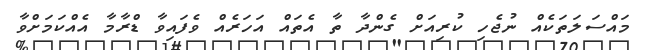
މައްސަލަތަކެއް ނުޖެހި ކުރިއަށް ގެންދާ ތާ އެތައް އަހަރެއް ވެފައިވާ ޑްރާމާ އެއްކަމަށްވާ